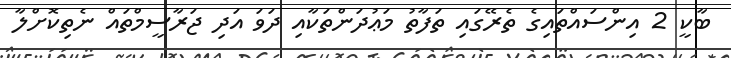
ބާކީ 2 އިންސައްތައިގެ ތެރޭގައި ތަފާތު މަޢުދަންތަކާއި ދަވަ އަދި ޖަރާސީމްތައް ނެތިކޮށްލާ